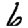
Digit: 6